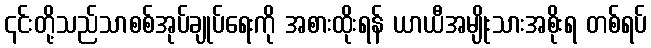
၎င်းတို့သည်သာစစ်အုပ်ချုပ်ရေးကို အစားထိုးရန် ယာယီအမျိုးသားအစိုးရ တစ်ရပ်